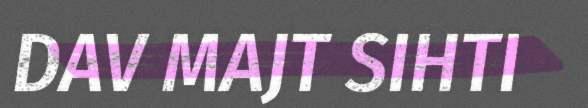
DAV MAJT SIHTI